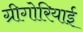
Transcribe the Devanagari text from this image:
ग्रीगोरियाई